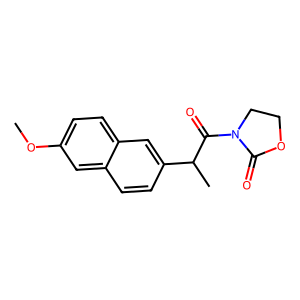
SMILES: COc1ccc2cc(C(C)C(=O)N3CCOC3=O)ccc2c1
Inhibits HIV replication: No